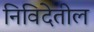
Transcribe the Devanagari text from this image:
निविदेतील